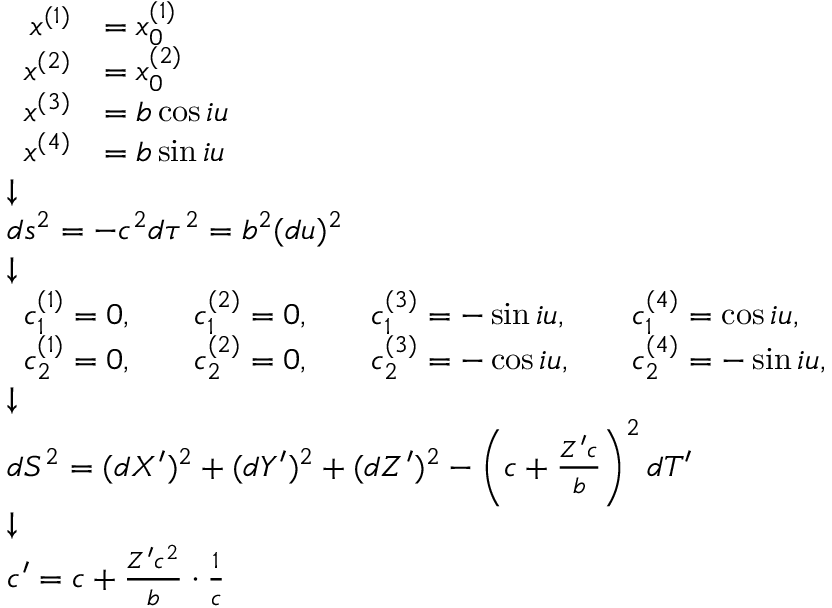
{ \scriptstyle { \begin{array} { l } { { \begin{array} { r l } { x ^ { ( 1 ) } } & { = x _ { 0 } ^ { ( 1 ) } } \\ { x ^ { ( 2 ) } } & { = x _ { 0 } ^ { ( 2 ) } } \\ { x ^ { ( 3 ) } } & { = b \cos i u } \\ { x ^ { ( 4 ) } } & { = b \sin i u } \end{array} } } \\ { { \boldsymbol { \downarrow } } } \\ { d s ^ { 2 } = - c ^ { 2 } d \tau ^ { 2 } = b ^ { 2 } ( d u ) ^ { 2 } } \\ { { \boldsymbol { \downarrow } } } \\ { { \begin{array} { l l l l l l l } { c _ { 1 } ^ { ( 1 ) } = 0 , } & & { c _ { 1 } ^ { ( 2 ) } = 0 , } & & { c _ { 1 } ^ { ( 3 ) } = - \sin i u , } & & { c _ { 1 } ^ { ( 4 ) } = \cos i u , } \\ { c _ { 2 } ^ { ( 1 ) } = 0 , } & & { c _ { 2 } ^ { ( 2 ) } = 0 , } & & { c _ { 2 } ^ { ( 3 ) } = - \cos i u , } & & { c _ { 2 } ^ { ( 4 ) } = - \sin i u , } \end{array} } } \\ { { \boldsymbol { \downarrow } } } \\ { d S ^ { 2 } = ( d X ^ { \prime } ) ^ { 2 } + ( d Y ^ { \prime } ) ^ { 2 } + ( d Z ^ { \prime } ) ^ { 2 } - \left( c + { \frac { Z ^ { \prime } c } { b } } \right) ^ { 2 } d T ^ { \prime } } \\ { { \boldsymbol { \downarrow } } } \\ { c ^ { \prime } = c + { \frac { Z ^ { \prime } c ^ { 2 } } { b } } \cdot { \frac { 1 } { c } } } \end{array} } }